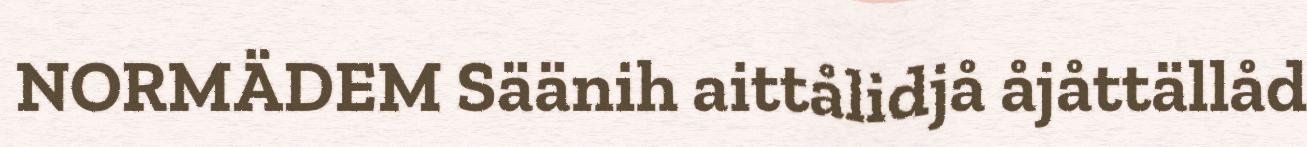
NORMÄDEM Säänih aittålidjå åjåttällåd